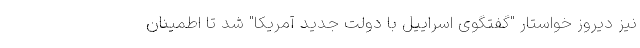
نیز دیروز خواستار "گفتگوی اسراییل با دولت جدید آمریکا" شد تا اطمینان